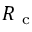
R _ { \mathrm { ~ c ~ } }